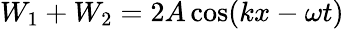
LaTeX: W_{1}+W_{2}=2A\cos(kx-\omega t)